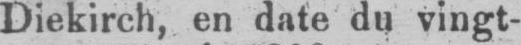
Diekirch, en date du vingt-